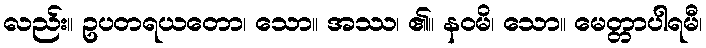
လည်း။ ဥပတရယတော၊ သော။ အဿ၊ ၏။ နဝမိ၊ သော။ မေတ္တာပါရမီ၊